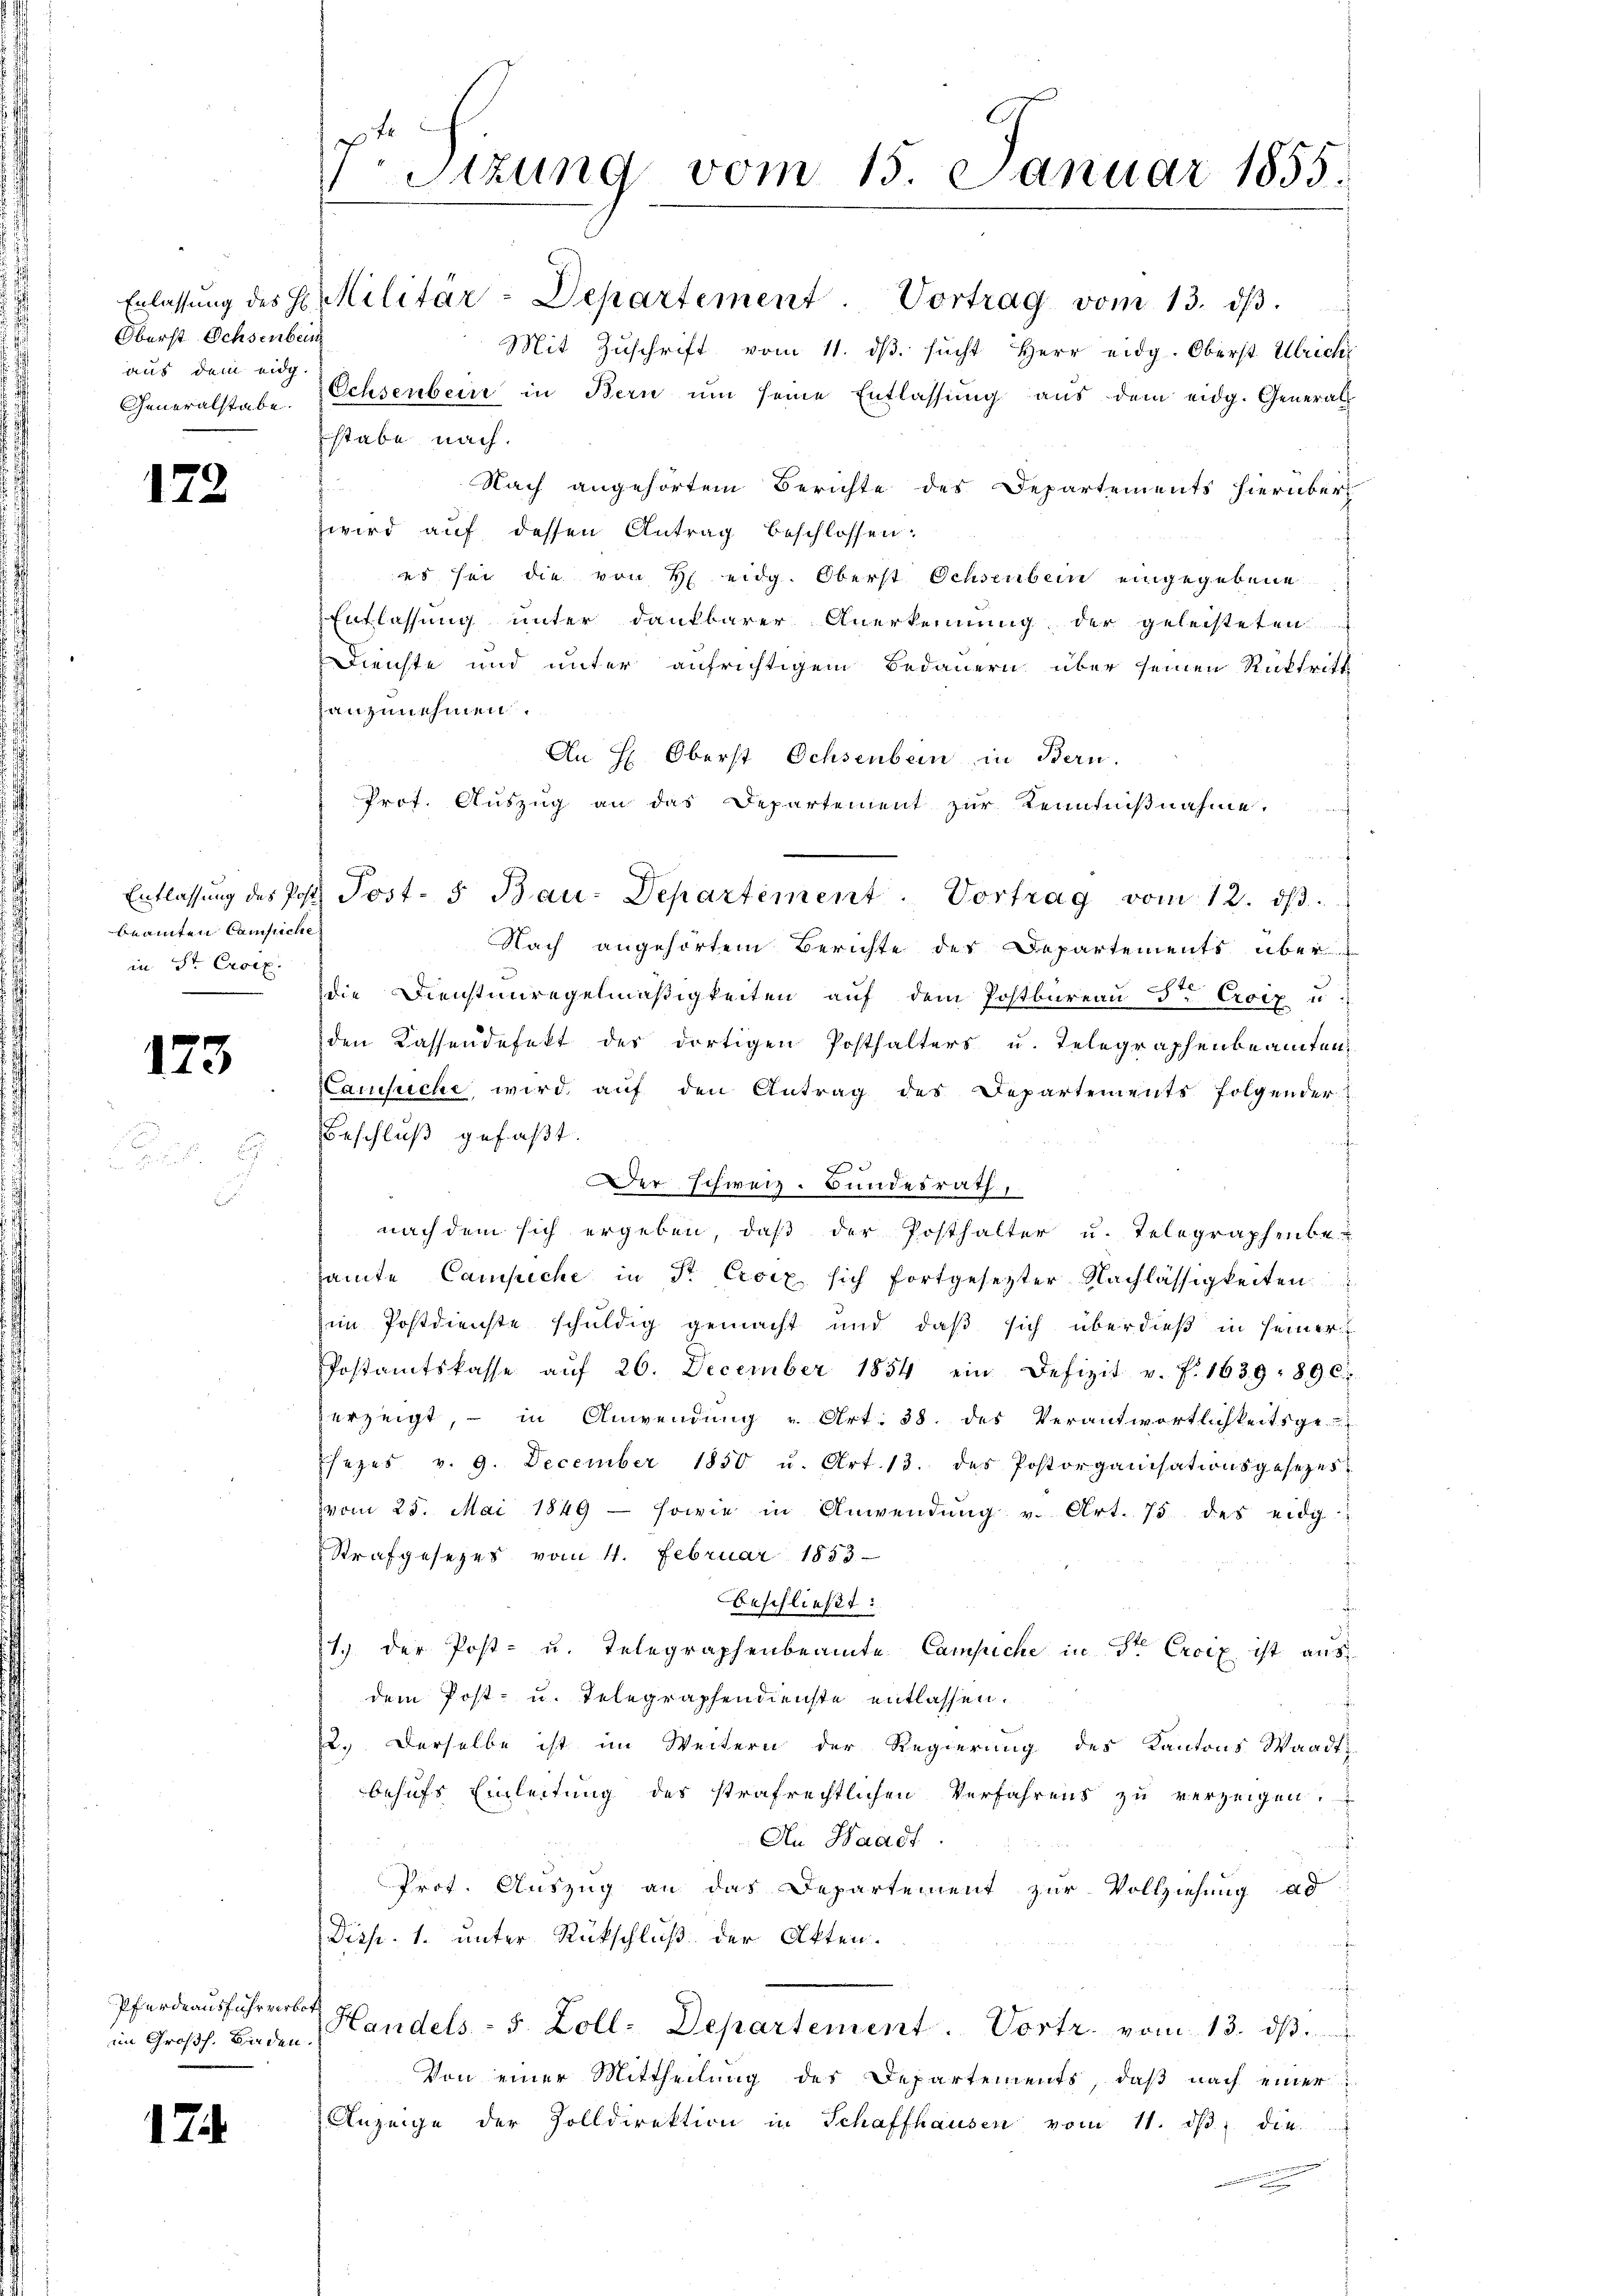
Oberst Ochsenbein
aus dem eidg.

172

beamten Campiche
in St. Croix.

173

Pferdeausfuhrverbot

174

Sizung vom 15. Januar 1855.

Erlassŭng des H. Militär-Departement. Vortrag vom 13. dβ.
Mit Zŭschrift vom 11. dβ sŭcht Herr eidg. Oberst Ulrich
Generalstabe. Ochsenbein in Bern um seine Entlassung aus dem eidg. Generalstabe nach.
Nach angehörtem Berichte des Departements hierüber
wird auf dessen Antrag beschlossen:
es sei die von H eidg. Oberst Ochsenbein eingegebene
Entlassung unter dankbarer Anerkennung der geleisteten
Dienste und unter aufrichtigem Bedauern über seinen Rücktritt
zanzunehmen.
An H: Oberst Ochsenbein, in Bern.
Prot. Auszug an das Departement zur Kenntnißnahme.
Nach angehörtem Berichte des Departements über
die Dienstenregelmäßigkeiten auf dem Postbureau der Croix u.
den Kassendefekt der dortigen Posthalters u. Telegraphenbeamten
Lansuche, wird auf den Antrag des Departements folgender:
Beschluß gefaßt.
F
Der Schweiz. Bundesrath,
nach dem sich ergeben, daß der Posthalter u. Telegraphenbe-
samte Campiche in Sr. Excix sich fortgesetzter Nachlässigkeiten
im Postdienste schuldig gemacht und daß sich überdieß in seiner
Postamtskasse aŭf 26. December 1854 ein Defizit v. J. 1639. 896
erzeigt, – in Anwendung u Art. 38. des Verantwortlichkeitsge-
Esezes v. 9. December 1850 u. Art. 13. des Postorganisationsgesezes-
vom 25. Mai 1849 sowie in Anwendŭng u. Art. 75 des eidg
Strafgesezes vom 11. Februar 1853
Beschließt:
1. der Post- u. Telegraphenbeamte Campiche in Sr Excix ist aus
dem Post- u. Telegraphendienste entlassen.
2.) Derselbe ist im Weitern der Regierung des Kantons Waadt-
behufs Einleitung des strafrechtlichen Verfahrens zu verzeigen.
An Waadt
Prot. Auszug an das Departement zur Vollziehung ad
Disp. 1. unter Rückschluß der Akten.
t
im Großh. Baden Handels- 5. Zoll- Departement. Vortr. vom 13. dβ
Von einer Mittheilung des Departements, daß nach einer
Anzeige der Zolldirektion in Schaffhausen vom 11. dβ die
d

Entlassŭng des Post. Post- 5. Bau-Departement. Vortrag vom 12. dβ.